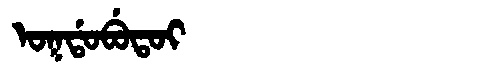
Manchu: ᠣᡴᡩᠣᠪᡠᡨᠣᡳ
Romanization: OKDOBUTOI